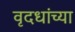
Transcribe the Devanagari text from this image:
वृदधांच्या